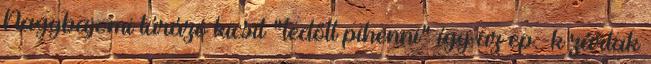
Nagybajomi túrázó kicsit "ledőlt pihenni" így az ep.-k zártak